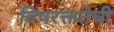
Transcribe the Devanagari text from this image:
विषरक्ततेची